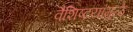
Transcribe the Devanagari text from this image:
वैशिष्टयांमुळे